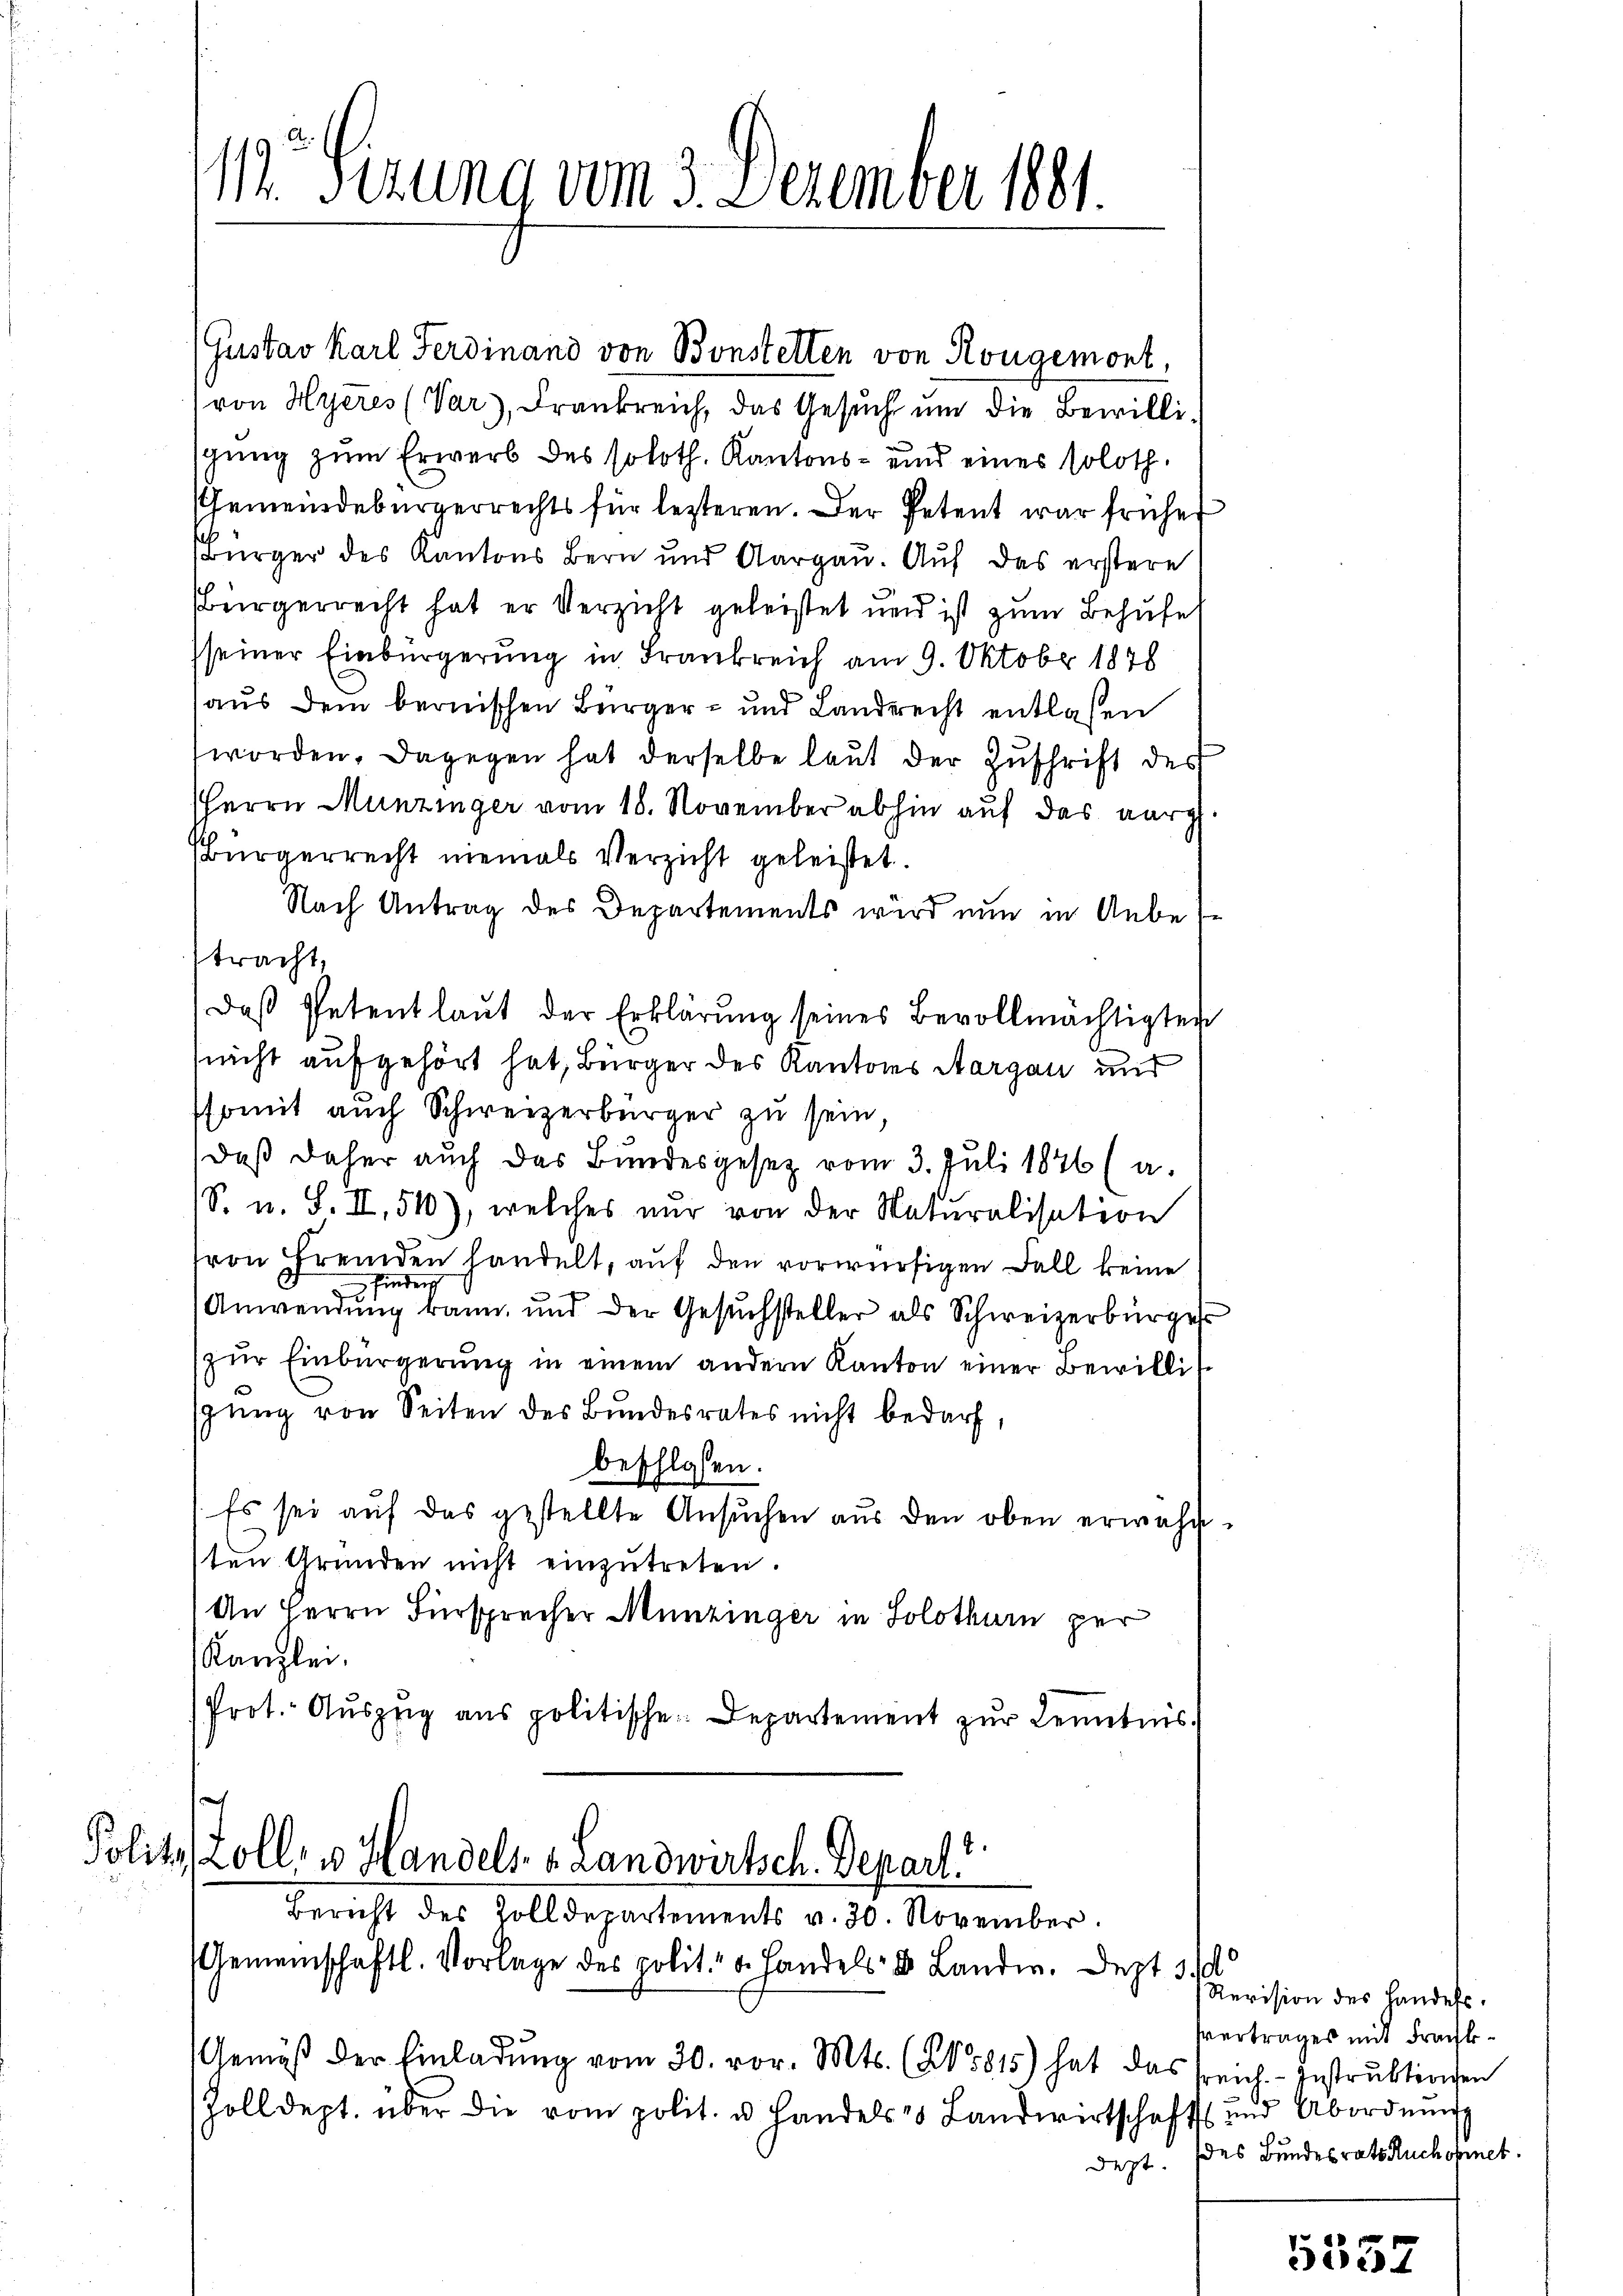
(Gustav Karl Ferdinand von Bonstetten von Rougemont,
(von Hyeres (Var), Frankreich, das Gesŭch ŭm die Bewillisgung zum Erwerb des soloth. Kantons- und eines soloth
Gemeindebürgerrechts für lezteren. Der Petent war früher
Bürger des Kantons Bern und Aargau. Auf das erstere
sbürgerrecht hat er Verzicht geleistet und ist zum Behufe
sseiner Einbürgerung in Frankreich am 9. Oktobr 1878
aus dem bernischen Bürger- und Landrecht entlassen
worden. Dagegen hat derselbe laut der Zuschrift des
HHerrn Munzinger vom 18. November abhin auf das aarg
Bürgerrecht niemals Verzicht geleistet.
Nach Antrag des Departements wird nun in Unbese
tracht,
Daß Petentlaut der Erklärung seines Bevollmächtigten
nicht aufgehört hat, Bürger des Kantons Aargau und
somit auch Schweizerbürger zu sein
daß daher auch das Bundesgesetz vom 3. Juli 1846 (a.
S. u. S. II, 510), welches nur von der Naturalisation
von fremden handelt, auf den vorwürfigen Fall keine
finder
Anwendung kann und der Gesŭchsteller als Schweizerbürger
zŭr Einbürgerung in einem andern Kanton einer Bewilli
spung von Seiten des Bundesrates nicht bedarf,
beschlossen:
Es sei auf das gestellte Ansuchen aus den oben erwähnten Gründen nicht einzŭtreten.
An Herrn Fürsprecher Munzinger in Solothur per
Kanzlei.
Prot. Auszug aus politische Departement zur Kenntnis.

11. Sizung vom 3. Dezember 1881.

Polit. Zoll, v. Handels- & Landwirtsch. Depart?
Bericht des Zolldepartements v. 30. November.
Gemeinschaftl. Vorlage des polit. d. Handels- & Landw. Dezt 3. d

Gemäβ der Einladŭng vom 30. vor. Mts. (§ 5815) hat das freich. - Instruktionsen
Zolldept. über die vom polit. u. Handels Landwirtschaft und Abordnŭng

Revision des Landels.
Vertrages mit Frachh
dept. (des Bundesrats Ruchofnet.

534